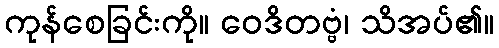
ကုန်စေခြင်းကို။ ဝေဒိတဗ္ဗံ၊ သိအပ်၏။